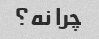
چرا نه؟